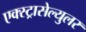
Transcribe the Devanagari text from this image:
एक्स्ट्रासेल्युलर